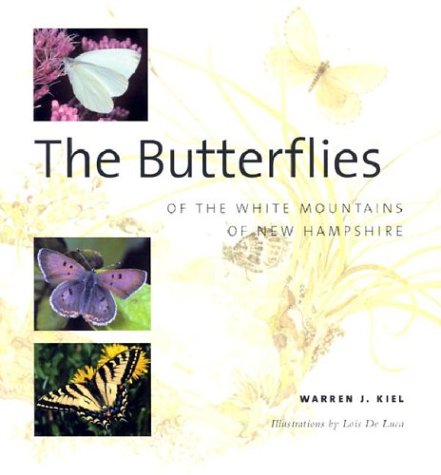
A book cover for The Butterflies of the White Mountains of New Hampshire; Warren J. Kiel; Travel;